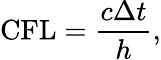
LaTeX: \mathrm{CFL}=\frac{c\Delta t}{h},